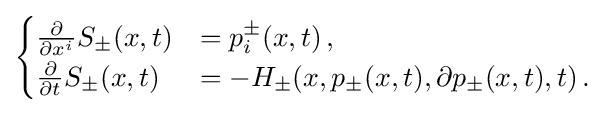
{\begin{cases}{\frac {\partial }{\partial x^{i}}}S_{\pm }(x,t)&=p_{i}^{\pm }(x,t)\,,\\{\frac {\partial }{\partial t}}S_{\pm }(x,t)&=-H_{\pm }(x,p_{\pm }(x,t),\partial p_{\pm }(x,t),t)\,.\end{cases}}